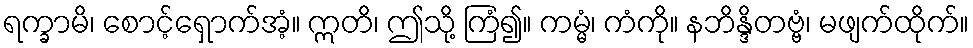
ရက္ခာမိ၊ စောင့်ရှောက်အံ့။ ဣတိ၊ ဤသို့ ကြံ၍။ ကမ္မံ၊ ကံကို။ နဘိန္ဒိတဗ္ဗံ၊ မဖျက်ထိုက်။